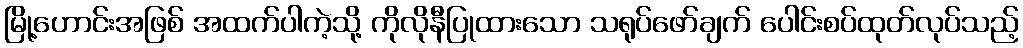
မြို့ဟောင်းအဖြစ် အထက်ပါကဲ့သို့ ကိုလိုနီပြုထားသော သရုပ်ဖော်ချက် ပေါင်းစပ်ထုတ်လုပ်သည့်